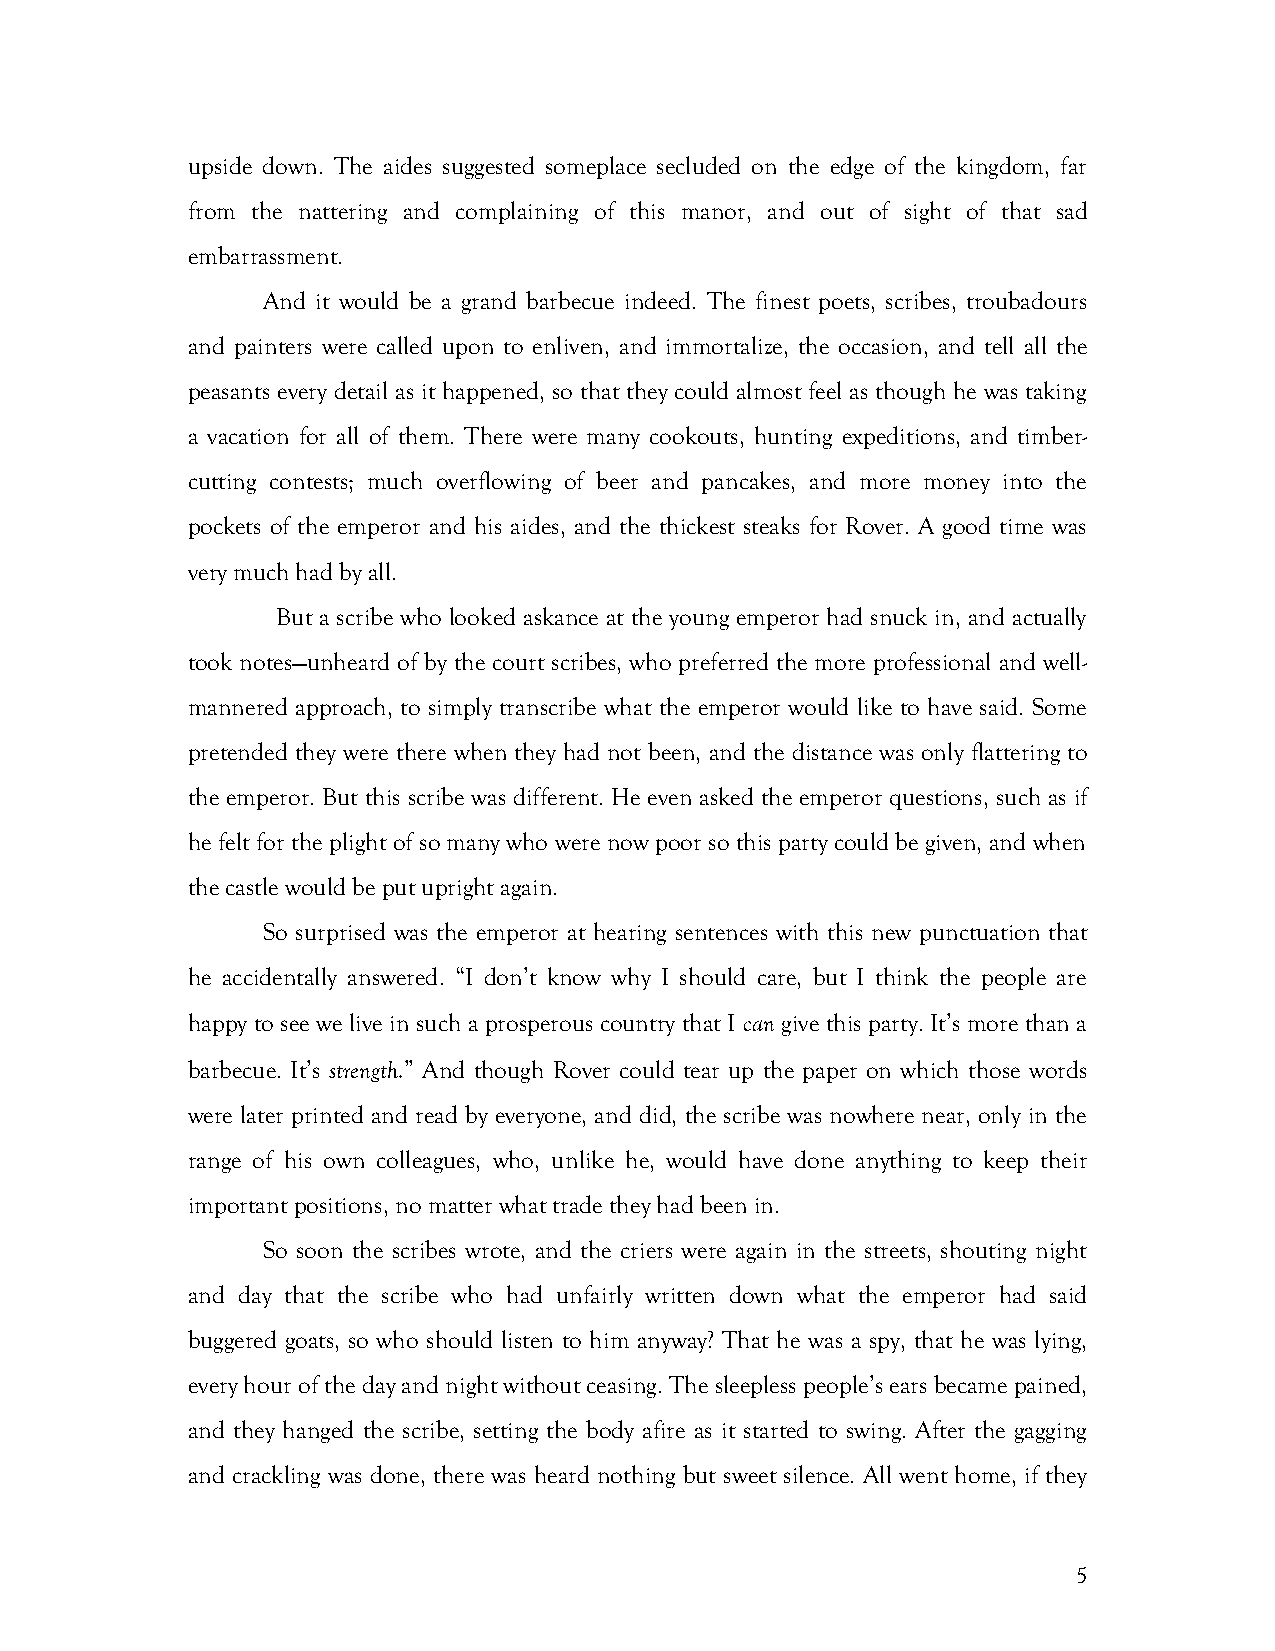
upside down. The aides suggested someplace secluded on the edge of the kingdom, far
 from the nattering and complaining of this manor, and out of sight of that sad
 embarrassment.
 And it would be a grand barbecue indeed. The finest poets, scribes, troubadours
 and painters were called upon to enliven, and immortalize, the occasion, and tell all the
 peasants every detail as it happened, so that they could almost feel as though he was taking
 a vacation for all of them. There were many cookouts, hunting expeditions, and timber-
 cutting contests; much overflowing of beer and pancakes, and more money into the
 pockets of the emperor and his aides, and the thickest steaks for Rover. A good time was
 very much had by all.
 But a scribe who looked askance at the young emperor had snuck in, and actually
 took notes—unheard of by the court scribes, who preferred the more professional and well-
 mannered approach, to simply transcribe what the emperor would like to have said. Some
 pretended they were there when they had not been, and the distance was only flattering to
 the emperor. But this scribe was different. He even asked the emperor questions, such as if
 he felt for the plight of so many who were now poor so this party could be given, and when
 the castle would be put upright again.
 So surprised was the emperor at hearing sentences with this new punctuation that
 he accidentally answered. “I don’t know why I should care, but I think the people are
 happy to see we live in such a prosperous country that I can give this party. It’s more than a
 barbecue. It’s strength.” And though Rover could tear up the paper on which those words
 were later printed and read by everyone, and did, the scribe was nowhere near, only in the
 range of his own colleagues, who, unlike he, would have done anything to keep their
 important positions, no matter what trade they had been in.
 So soon the scribes wrote, and the criers were again in the streets, shouting night
 and day that the scribe who had unfairly written down what the emperor had said
 buggered goats, so who should listen to him anyway? That he was a spy, that he was lying,
 every hour of the day and night without ceasing. The sleepless people’s ears became pained,
 and they hanged the scribe, setting the body afire as it started to swing. After the gagging
 and crackling was done, there was heard nothing but sweet silence. All went home, if they
 5